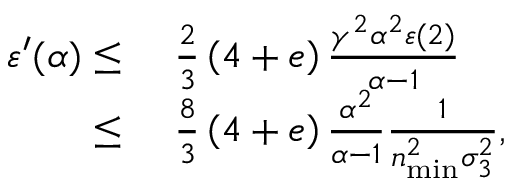
\begin{array} { r l } { \varepsilon ^ { \prime } ( \alpha ) \leq } & { \ \frac { 2 } { 3 } \left( 4 + e \right) \frac { \gamma ^ { 2 } \alpha ^ { 2 } \varepsilon ( 2 ) } { \alpha - 1 } } \\ { \leq } & { \ \frac { 8 } { 3 } \left( 4 + e \right) \frac { \alpha ^ { 2 } } { \alpha - 1 } \frac { 1 } { n _ { \mathrm { m i n } } ^ { 2 } \sigma _ { 3 } ^ { 2 } } , } \end{array}